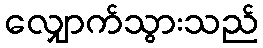
လျှောက်သွားသည်